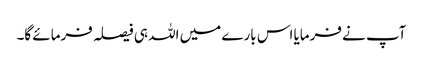
آپ نے فرمایا اس بارے میں اللہ ہی فیصلہ فرمائے گا۔